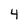
Character: 4